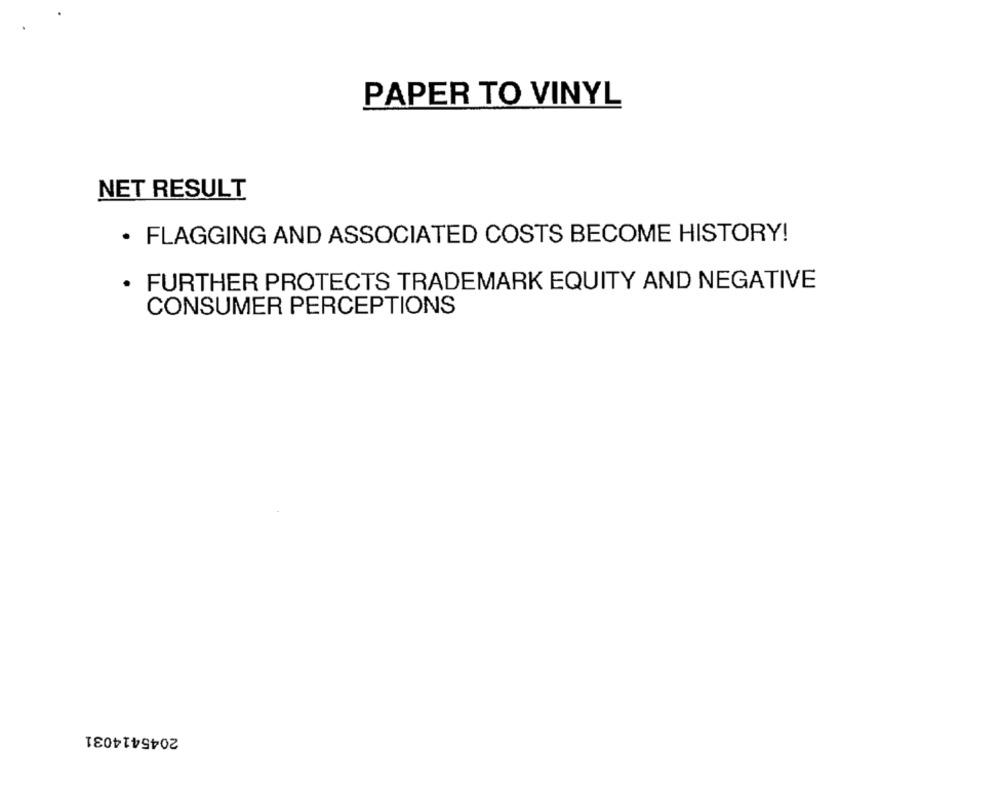
PAPER TO VINYL
NET RESULT
· FLAGGING AND ASSOCIATED COSTS BECOME HISTORY!
· FURTHER PROTECTS TRADEMARK EQUITY AND NEGATIVE
CONSUMER PERCEPTIONS
2045414031